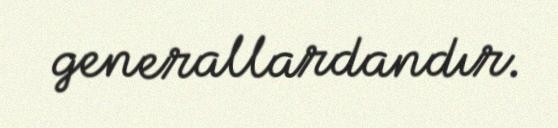
generallardandır.